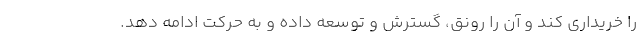
را خریداری کند و آن را رونق، گسترش و توسعه داده و به حرکت ادامه دهد.